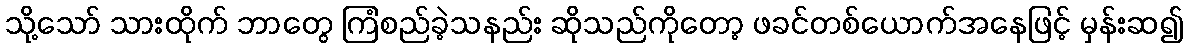
သို့သော် သားထိုက် ဘာတွေ ကြံစည်ခဲ့သနည်း ဆိုသည်ကိုတော့ ဖခင်တစ်ယောက်အနေဖြင့် မှန်းဆ၍